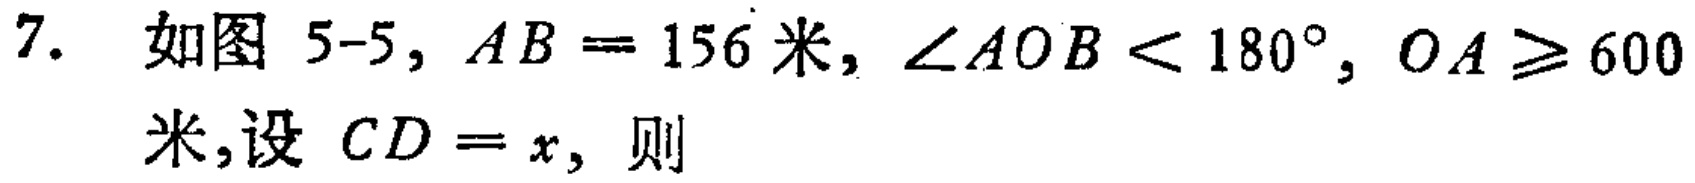
7. 如图 5-5, \(AB = 156\)米, \(\angle AOB < 180^{\circ}\), \(OA\geqslant 600\)米,设 \(CD = x\), 则